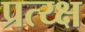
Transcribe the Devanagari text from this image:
प्रत्य्क्ष